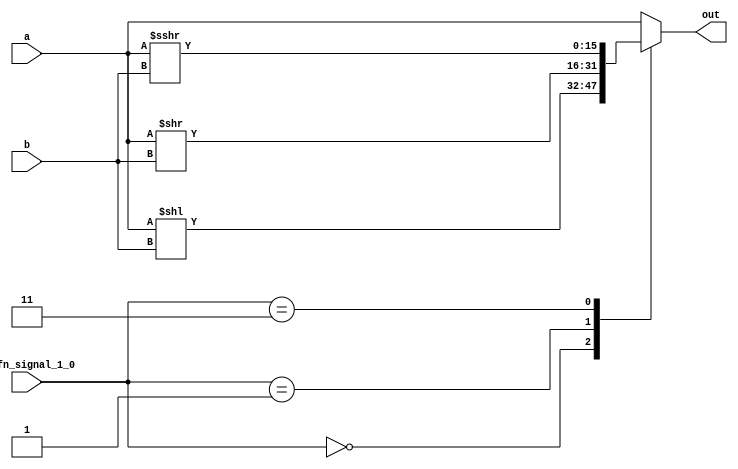
/*
   This file was generated automatically by Alchitry Labs version 1.2.7.
   Do not edit this file directly. Instead edit the original Lucid source.
   This is a temporary file and any changes made to it will be destroyed.
*/

module shifter_17 (
    input [15:0] a,
    input [3:0] b,
    input [1:0] alufn_signal_1_0,
    output reg [15:0] out
  );
  
  
  
  integer unsigned_b;
  
  always @* begin
    unsigned_b = $unsigned(b);
    
    case (alufn_signal_1_0)
      2'h0: begin
        out = a << unsigned_b;
      end
      2'h1: begin
        out = a >> unsigned_b;
      end
      2'h3: begin
        out = $signed(a) >>> unsigned_b;
      end
      default: begin
        out = a;
      end
    endcase
  end
endmodule